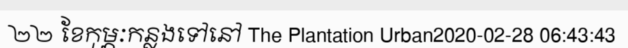
២២ ខែកុម្ភៈកន្លងទៅនៅ The Plantation Urban2020-02-28 06:43:43